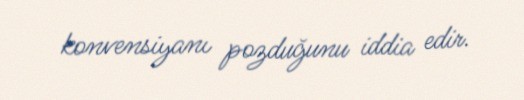
konvensiyanı pozduğunu iddia edir.